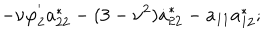
LaTeX: - \nu \varphi _ { 2 } ^ { ' } a _ { 2 2 } ^ { * } - ( 3 - \nu ^ { 2 } ) \dot { a } _ { 2 2 } ^ { * } - a _ { 1 1 } a _ { 1 2 } ^ { * } ;